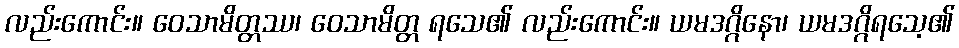
လည်းကောင်း။ ဝေသာမိတ္တဿ၊ ဝေသာမိတ္တ ရသေ၏ လည်းကောင်း။ ယမဒဂ္ဂိနော၊ ယမဒဂ္ဂိရသေ့၏